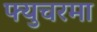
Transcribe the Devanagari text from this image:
फ्युचरमा